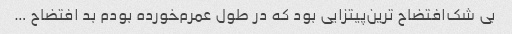
بی شک‌افتضاح ترین‌پیتزایی بود که در طول عمرم‌خورده بودم بد افتضاح …